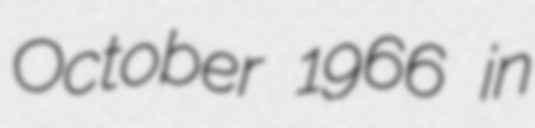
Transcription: October 1966 in